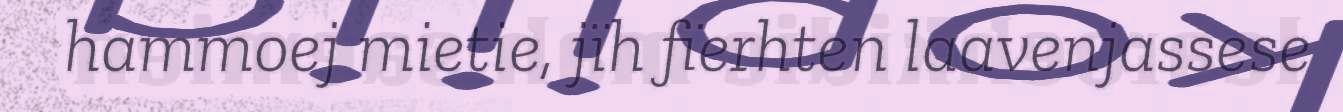
hammoej mietie, jïh fïerhten laavenjassese